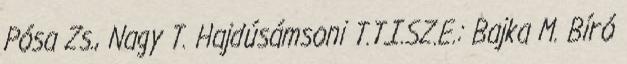
Pósa Zs., Nagy T. Hajdúsámsoni T.T.I.SZ.E.: Bajka M. Bíró